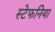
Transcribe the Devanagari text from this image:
स्टेफनिया